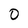
Character: O